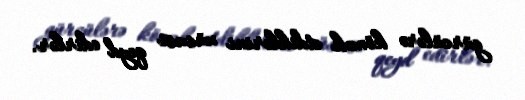
gürcülərə kömək etdiklərini xüsusi qeyd edirlər.